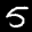
Label: 5